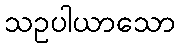
သဥပါယာသော